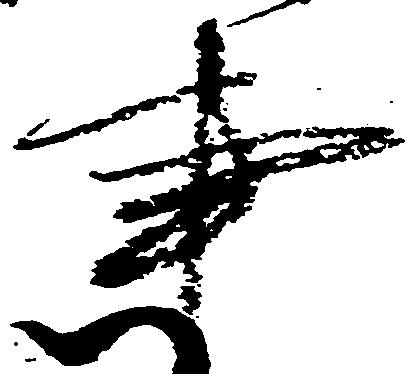
事